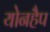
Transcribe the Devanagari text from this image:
योनहैप